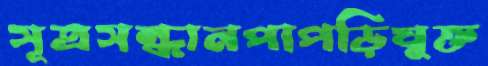
সূত্রসন্ধানপাপড়িযুক্ত